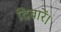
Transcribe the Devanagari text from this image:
दिवारें।